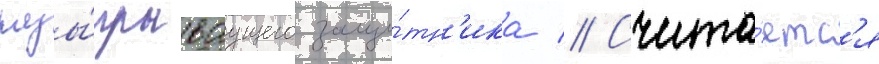
разы́грываущего защи́тн'ика // Счита́етс'я